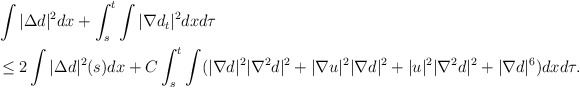
\begin{align*}\begin{aligned}&\int |\Delta d|^2dx+\int_s^t\int |\nabla d_t|^2dxd\tau\\&\le 2\int |\Delta d|^2(s)dx +C\int_s^t\int (|\nabla d|^2 |\nabla^2 d|^2+|\nabla u|^2 |\nabla d|^2+|u|^2 |\nabla^2 d|^2+|\nabla d|^6)dxd\tau.\end{aligned}\end{align*}